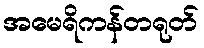
အမေရိကန်တရုတ်